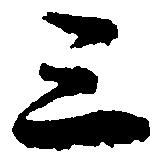
三